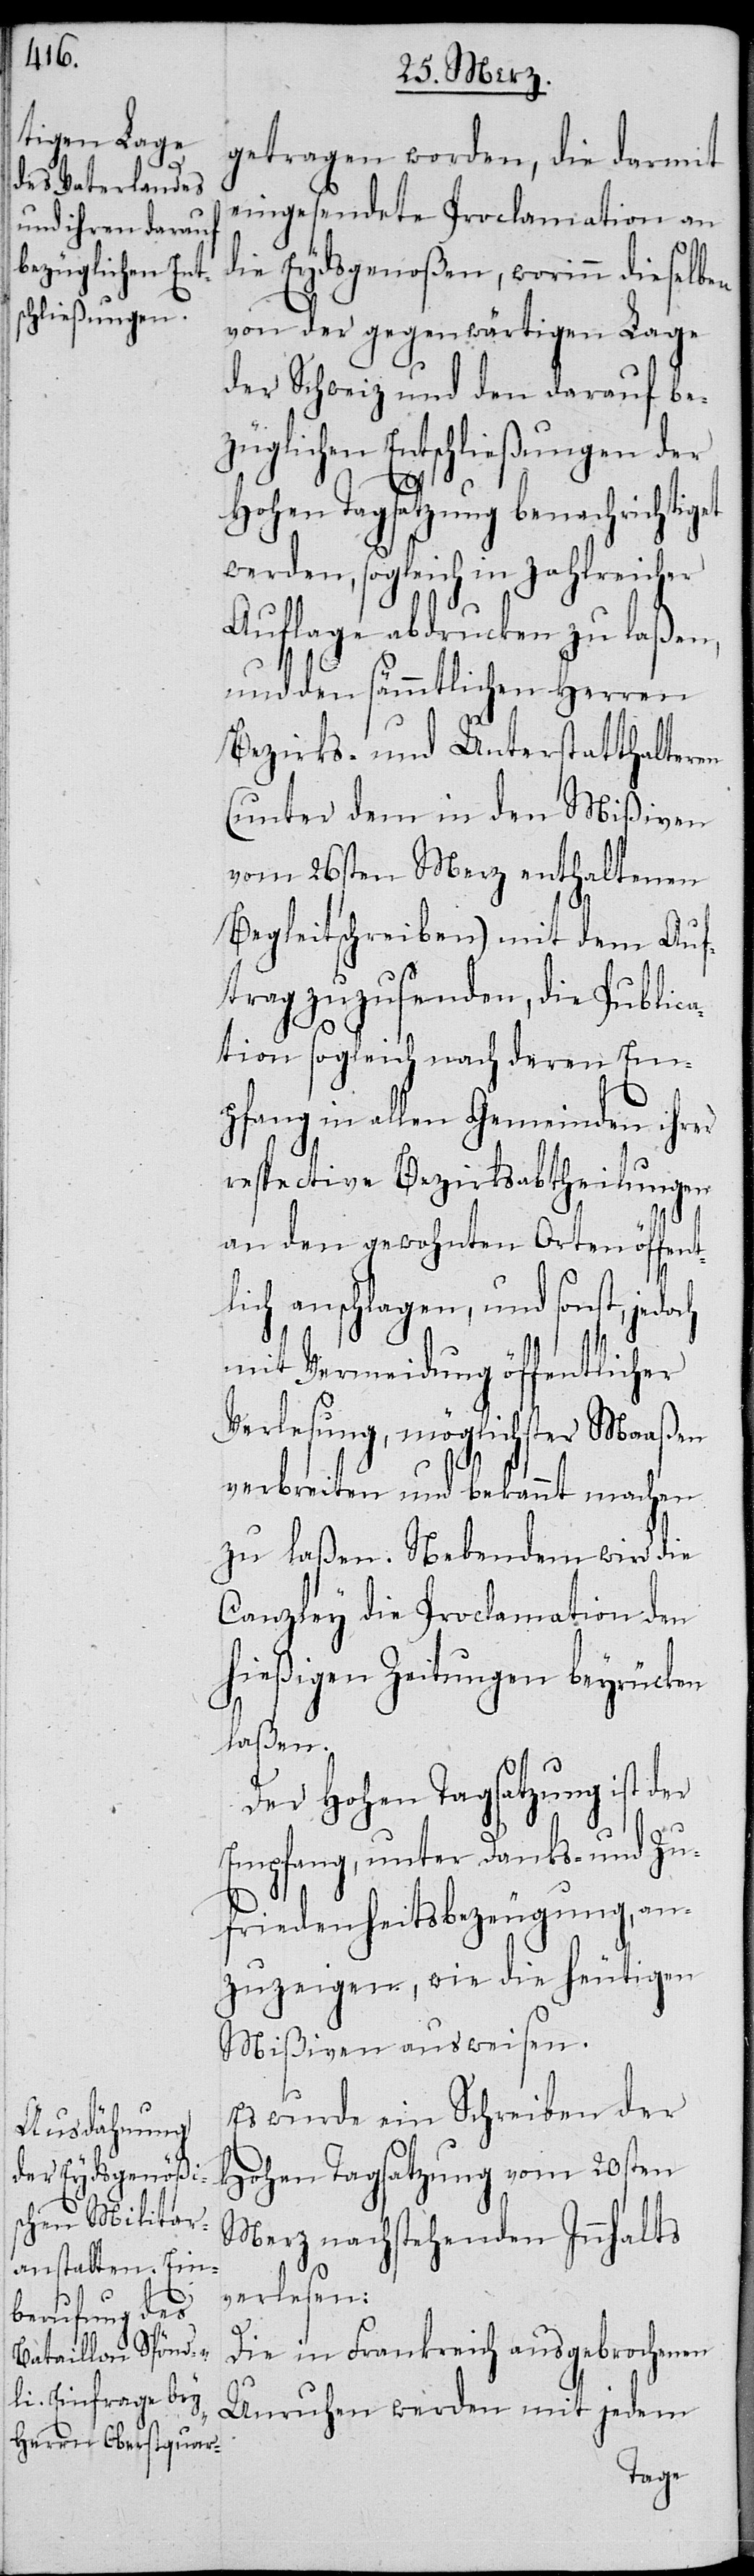
getragen worden, die darmit
eingesandte Proclamation an
die Eydsgenoßen, worinn dieselben
von der gegenwärtigen Lage
der Schweiz und den darauf be¬
züglichen Entschließungen der
Hohen Tagsatzung benachrich¬
werden, sogleich in zahlreicher
Auflage abdrucken zu laßen,
und den sämmtlichen Herren
Bezirks- und Unterstatthalteren
(unter dem in den Mißiven
vom 26sten Merz enthaltenen
Begleitschreiben) mit dem Auf¬
trag zuzusenden, die Public¬
ation sogleich nach deren Em¬
pfang in allen Gemeinden ihrer
respective[n] Bezirksabtheilungen
an den gewohnten Orten öffent¬
lich anschlagen, und sonst,
mit Vermeidung öffentlicher
Verlesung, möglichster Maaßen
verbreiten und bekannt machen
zu laßen. Nebendem wird die
Canzley die Proclamation den
hießigen Zeitungen beyrücken
laßen.
Der Hohen Tagsatzung ist der
Empfang, unter Danks- und Zu¬
friedenheitsbezeugung, an¬
zuzeigen, wie die heutigen
Mißiven ausweisen.
Es wurde ein Schreiben der
Hohen Tagsatzung vom 20sten
Merz nachstehenden Innhalts
verlesen:
„Die in Frankreich ausgebrochenen
Unruhen werden mit jedem
tiget